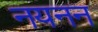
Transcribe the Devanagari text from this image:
नयनन